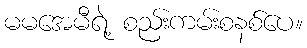
မမအေမီရဲ့ စည်းကမ်းစနစ်ပေ။